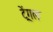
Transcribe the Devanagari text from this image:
ट्रेंगल